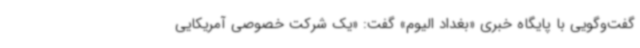
گفت‌وگویی با پایگاه خبری «بغداد الیوم» گفت: «یک شرکت خصوصی آمریکایی